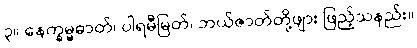
၃။ နေက္ခမ္မဓာတ်၊ ပါရမီမြတ်၊ ဘယ်ဇာတ်တို့ဖျား ဖြည့်သနည်း။